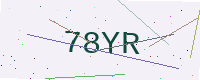
Text: 78YR